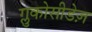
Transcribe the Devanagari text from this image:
ग्लुकोसीडेज़